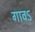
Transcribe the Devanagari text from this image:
गावऽ